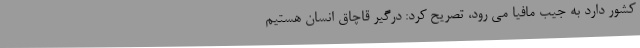
کشور دارد به جیب مافیا می رود، تصریح کرد: درگیر قاچاق انسان هستیم